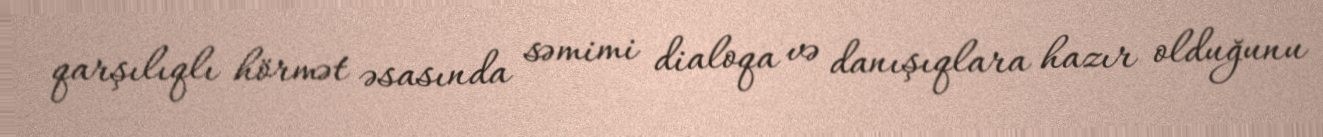
qarşılıqlı hörmət əsasında səmimi dialoqa və danışıqlara hazır olduğunu